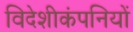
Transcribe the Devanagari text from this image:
विदेशीकंपनियों